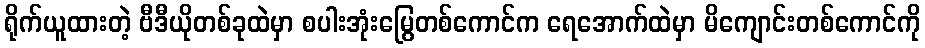
ရိုက်ယူထားတဲ့ ဗီဒီယိုတစ်ခုထဲမှာ စပါးအုံးမြွေတစ်ကောင်က ရေအောက်ထဲမှာ မိကျောင်းတစ်ကောင်ကို